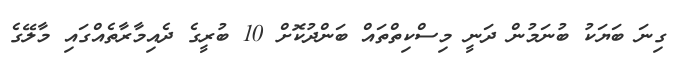
ގިނަ ބަޔަކު ބުނަމުން ދަނީ މިސްކިތްތައް ބަންދުކޮށް 10 ބުރީގެ ދެއިމާރާތެއްގައި މާލޭގެ